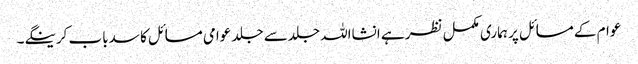
عوام کے مسائل پر ہماری مکمل نظر ہے انشااللہ جلدسے جلد عوامی مسائل کا سدباب کرینگے۔